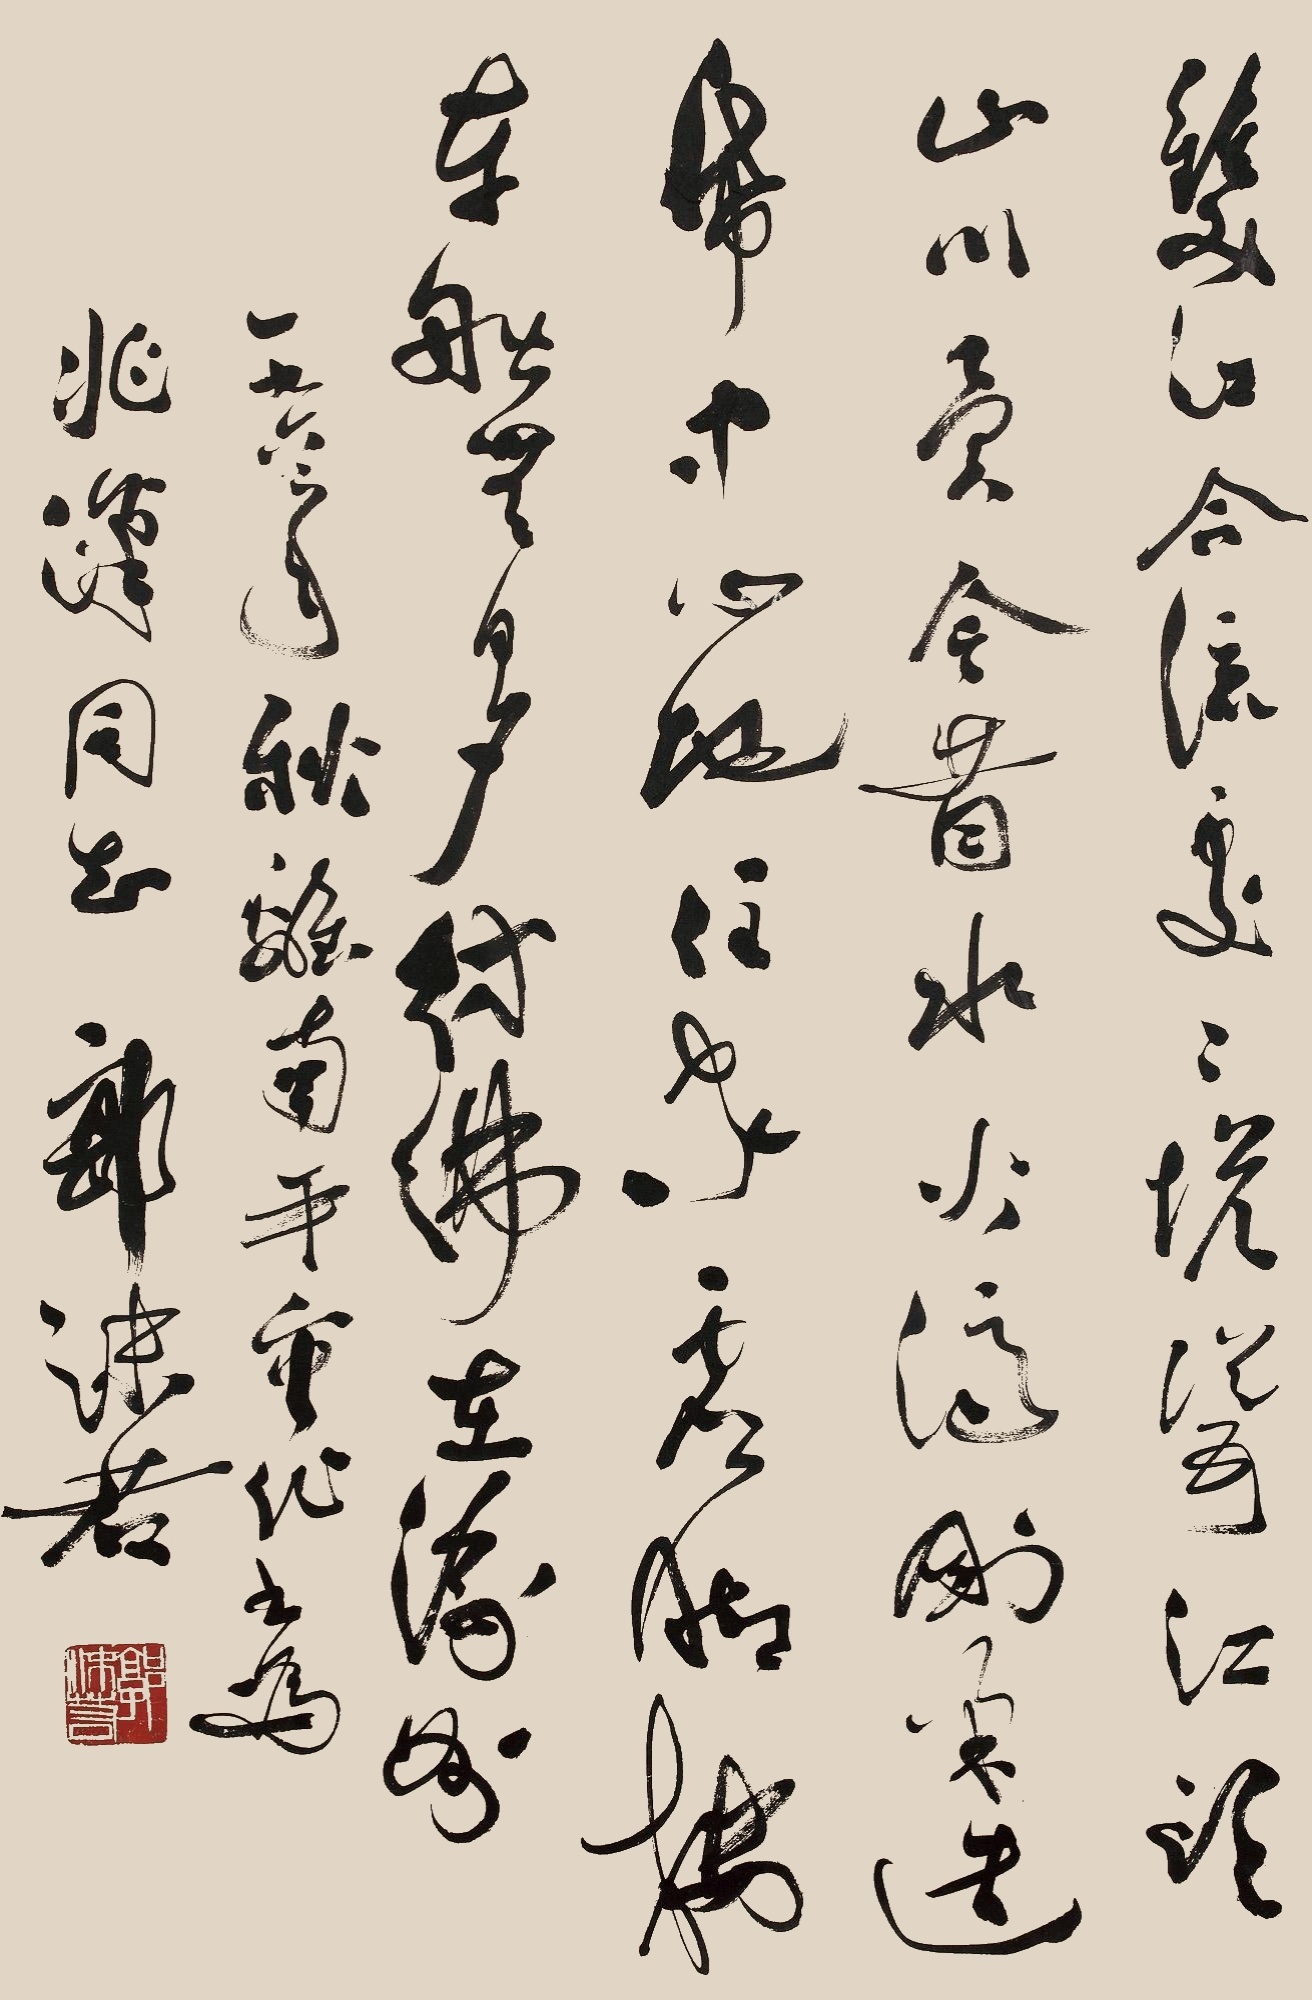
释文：双江合流处，二塔耸江头。山川异今昔，水火济刚柔。造纸中心地，住家虚脚楼。车船无日夕，仿佛在渝州。一九六二年秋离南平市作书为兆汉同志，郭沫若。